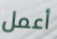
أعمل